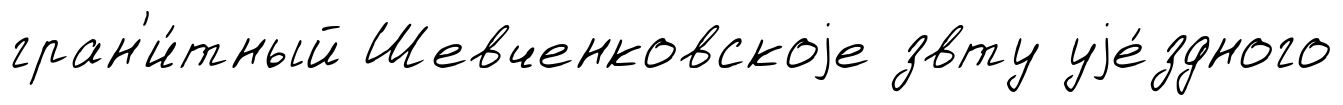
гран'и́тный Шевченковскоjе звту уjе́здного